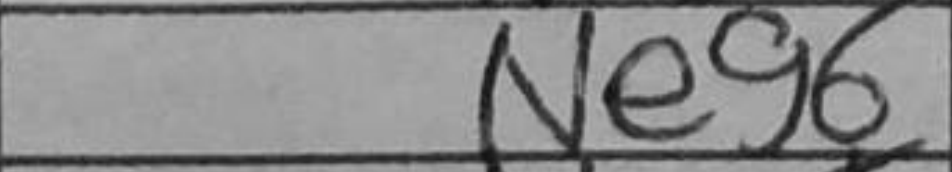
Transcription: Neg6